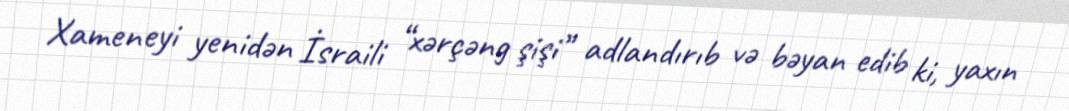
Xameneyi yenidən İsraili “xərçəng şişi” adlandırıb və bəyan edib ki, yaxın